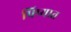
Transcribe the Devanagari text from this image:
प्रिप्यात